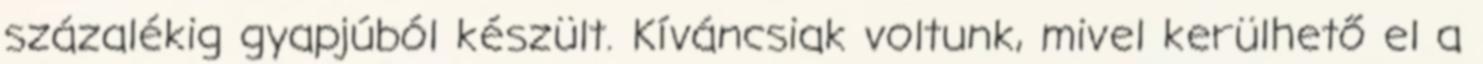
százalékig gyapjúból készült. Kíváncsiak voltunk, mivel kerülhető el a